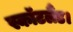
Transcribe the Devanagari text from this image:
स्कॉटलैंड।